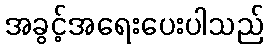
အခွင့်အရေးပေးပါသည်